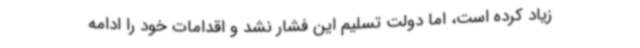
زیاد کرده است، اما دولت تسلیم این فشار نشد و اقدامات خود را ادامه